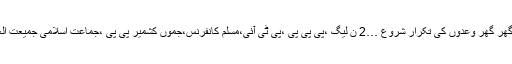
آذاد جموں کشمیر کے عام انتحابات کا شیڈول جاری ،گھر گھر وعدوں کی تکرار شروع …2 ن لیگ ،پی پی پی ،پی ٹی آئی،مسلم کانفرنس،جموں کشمیر پی پی ،جماعت اسلامی جمیعت العلماء السلام ،پی ار پی او...	Read more 123›»